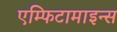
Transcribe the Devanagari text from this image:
एम्फिटामाइन्स